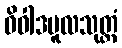
ဝိဝါဒမူလသုတ္တံ